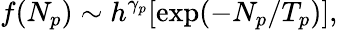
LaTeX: f(N_{p})\sim h^{\gamma_{p}}[\mathrm{exp}(-N_{p}/T_{p})],